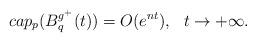
LaTeX: \begin{align*}cap_p(B^{g^+}_q(t))=O(e^{nt}),\ \ t\rightarrow+\infty.\end{align*}